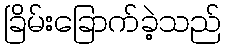
ခြိမ်းခြောက်ခဲ့သည်